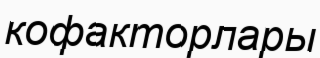
кофакторлары